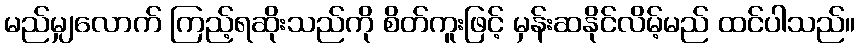
မည်မျှလောက် ကြည့်ရဆိုးသည်ကို စိတ်ကူးဖြင့် မှန်းဆနိုင်လိမ့်မည် ထင်ပါသည်။